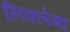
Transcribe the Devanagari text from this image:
लिक्लेमा